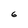
Character: 6